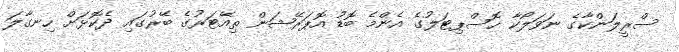
ސްރީލަންކާގެ ނަވަލޯކާ ހޮސްޕިޓަލުގެ އެންމެ ބޮޑު އޮޕަރޭޝަން ތިއޭޓަރުގެ ބޭރުގައި ދެކޮޅަށް ހިނގާލަ